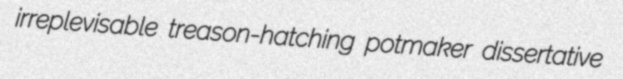
irreplevisable treason-hatching potmaker dissertative